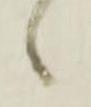
々